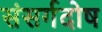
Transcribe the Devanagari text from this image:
संसर्गदोष